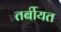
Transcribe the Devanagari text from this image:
तर्बीयत